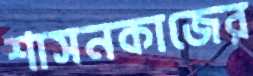
শাসনকাজের